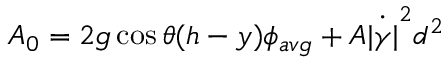
A _ { 0 } = 2 g \cos \theta ( h - y ) \phi _ { a v g } + A \dot { | \gamma | } ^ { 2 } d ^ { 2 }